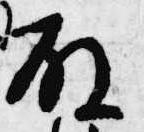
殿